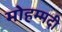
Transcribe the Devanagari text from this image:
मोहम्‍मदी